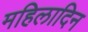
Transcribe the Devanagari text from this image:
महिलादिन